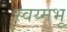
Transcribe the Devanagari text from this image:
स्वय्मभू